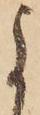
よ